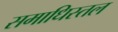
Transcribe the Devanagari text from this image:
समाधिस्तल